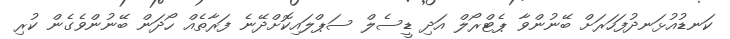
ކަނޑުއުޅަނދުފަހަރަށް ބޭނުންވާ ޕެޓްރޯލް އަދި ޑީސެލް ސަޕްލައިކޮށްދޭނެ ފަރާތެއް ހޯދަން ބޭނުންވެގެން ކުރި